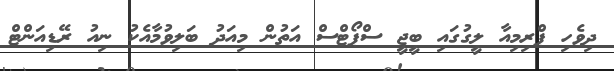
ދިވެހި ޕްރިމިއާ ލީގުގައި ބީޖީ ސްޕޯޓްސް އަތުން މިއަދު ބަލިވުމާއެކު ނިއު ރޭޑިއަންޓް